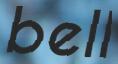
bell